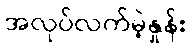
အလုပ်လက်မဲ့နှုန်း